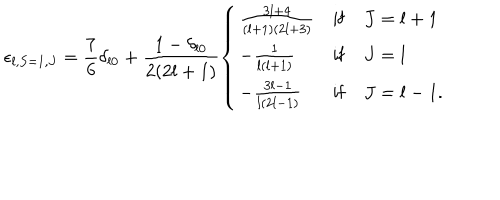
LaTeX: \epsilon _ { l , S = 1 , J } = \frac { 7 } { 6 } \delta _ { l 0 } + \frac { 1 - \delta _ { l 0 } } { 2 ( 2 l + 1 ) } \left\{ \begin{array} { l c l } { { \frac { 3 l + 4 } { ( l + 1 ) ( 2 l + 3 ) } } } & { { \mathrm { i f } } } & { { J = l + 1 } } \\ { { - \frac { 1 } { l ( l + 1 ) } } } & { { \mathrm { i f } } } & { { J = l } } \\ { { - \frac { 3 l - 1 } { l ( 2 l - 1 ) } } } & { { \mathrm { i f } } } & { { J = l - 1 . } } \\ \end{array} \right.